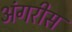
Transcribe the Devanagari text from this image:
अंगरीस